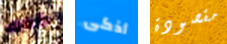
كعك أذكى مقصودة